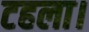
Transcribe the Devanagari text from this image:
टहला।